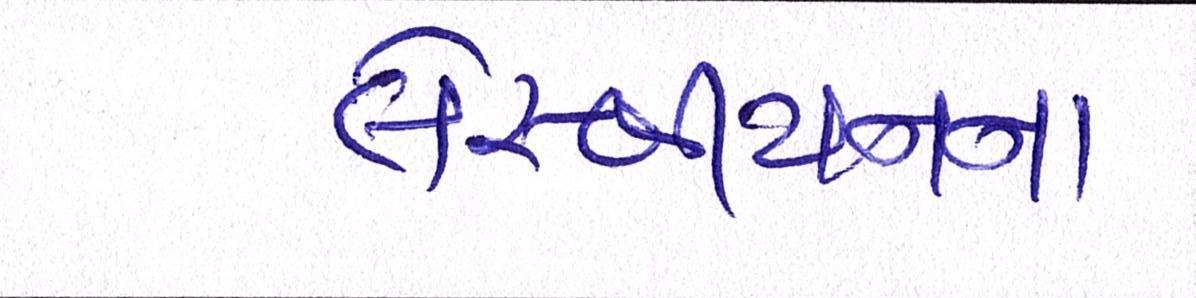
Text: લેસ્બીયનના